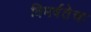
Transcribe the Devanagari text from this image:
विमर्षतेचा